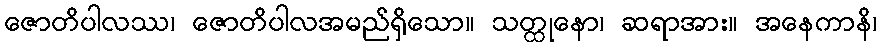
ဇောတိပါလဿ၊ ဇောတိပါလအမည်ရှိသော။ သတ္ထုနော၊ ဆရာအား။ အနေကာနိ၊